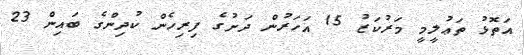
އަތޮޅު ތަޢުލީމީ މަރުކަޒު 15 އަހަރުން ދަށުގެ ފިރިހެން ކުދިންގެ ބައިން 23